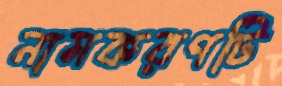
নামকরণটি